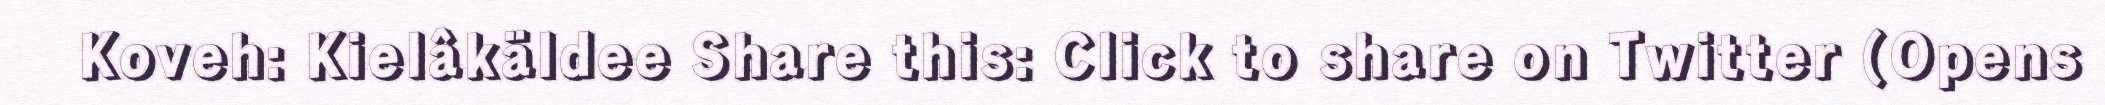
Koveh: Kielâkäldee Share this: Click to share on Twitter (Opens